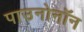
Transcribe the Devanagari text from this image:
पाउनोनॉन